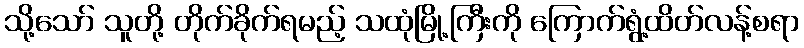
သို့သော် သူတို့ တိုက်ခိုက်ရမည့် သထုံမြို့ကြီးကို ကြောက်ရွံ့ထိတ်လန့်စရာ